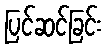
ပြင်ဆင်ခြင်း